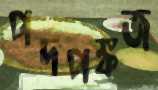
পদপঙ্কজ